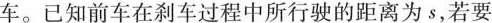
车。已知前车在刹车过程中所行驶的距离为s，若要